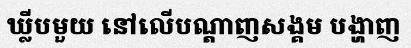
ឃ្លីបមួយ នៅលើបណ្តាញសង្គម បង្ហាញ